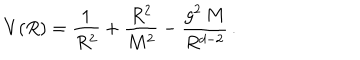
LaTeX: V ( R ) = \frac { 1 } { R ^ { 2 } } + \frac { R ^ { 2 } } { M ^ { 2 } } - \frac { g ^ { 2 } \, M } { R ^ { d - 2 } } \, .